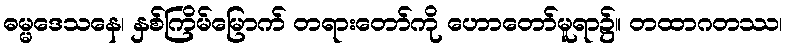
ဓမ္မဒေသနေ၊ နှစ်ကြိမ်မြောက် တရားတော်ကို ဟောတော်မူရာ၌။ တထာဂတဿ၊